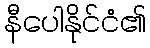
နီပေါနိုင်ငံ၏